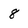
Character: 8